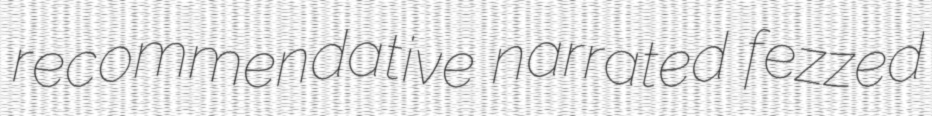
recommendative narrated fezzed